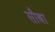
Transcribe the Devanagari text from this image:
सौबा